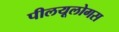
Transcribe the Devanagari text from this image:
पीलयूलोगस